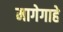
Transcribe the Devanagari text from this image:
मागेगाहे